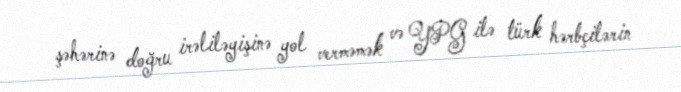
şəhərinə doğru irəliləyişinə yol verməmək və YPG ilə türk hərbçilərin